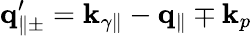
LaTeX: {\mathbf q}_{\parallel\pm}^{\prime}={\mathbf k}_{\gamma\parallel}-{\mathbf q}_{\parallel}\mp{\mathbf k}_{p}